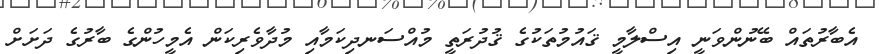
އެބާރުތައް ބޭނުންވަނީ އިސްލާމީ ޤައުމުތަކުގެ ޤުދުރަތީ މުއްސަނދިކަމާއި މުދާވެރިކަން އެމީހުންގެ ބާރުގެ ދަށަށް